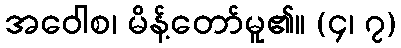
အဝေါစ၊ မိန့်တော်မူ၏။ (၄၊ ၇)